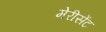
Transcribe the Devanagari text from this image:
मेरीसेंट